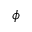
\phi